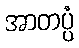
အာတပ္ပံ